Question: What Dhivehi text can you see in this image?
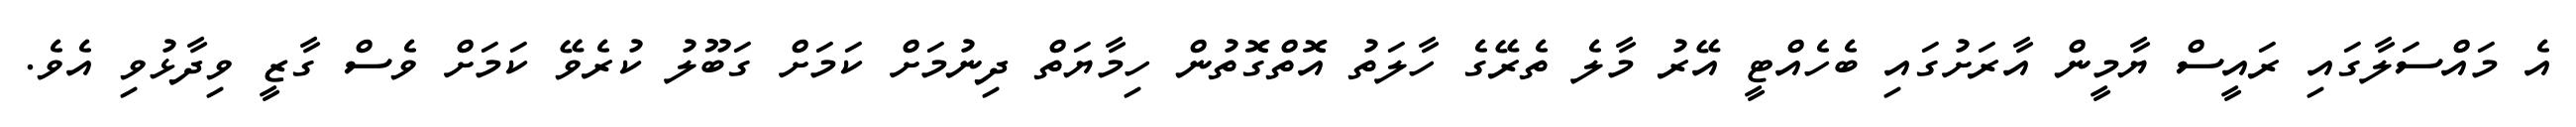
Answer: އެ މައްސަލާގައި ރައީސް ޔާމީން އާރަށުގައި ބެހެއްޓީ އޭރު މާލެ ތެރޭގެ ހާލަތު އޮތްގޮތުން ހިމާޔަތް ދިނުމަށް ކަމަށް ގަބޫލު ކުރެވޭ ކަމަށް ވެސް ގާޒީ ވިދާޅުވި އެވެ.